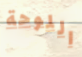
اللوحة